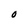
Character: O